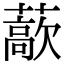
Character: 藃